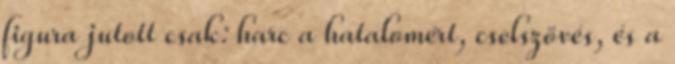
figura jutott csak: harc a hatalomért, cselszövés, és a